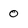
Character: 0